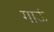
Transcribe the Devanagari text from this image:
गाऊं